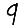
Digit: 9